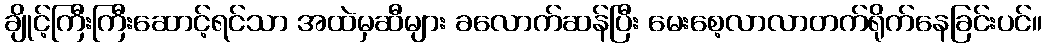
ချိုင့်ကြီးကြီးဆောင့်ရင်သာ အထဲမှဆီများ ခလောက်ဆန်ပြီး မေးစေ့လာလာတက်ရိုက်နေခြင်းပင်။